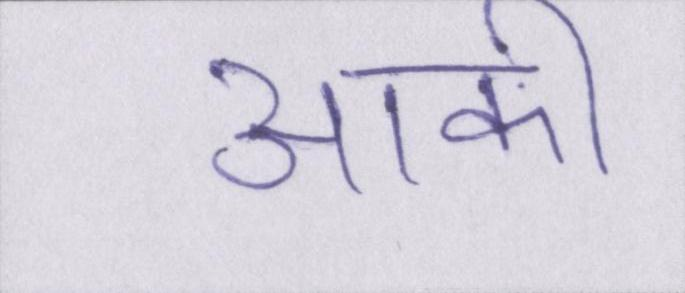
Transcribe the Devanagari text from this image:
आकी